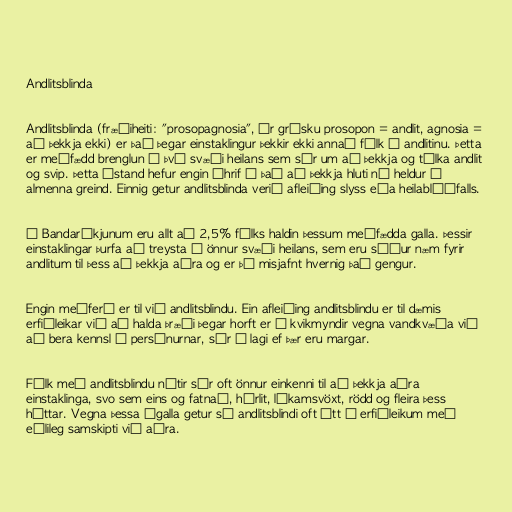
Andlitsblinda

Andlitsblinda (fræðiheiti: "prosopagnosia", úr grísku prosopon = andlit, agnosia =
að þekkja ekki) er það þegar einstaklingur þekkir ekki annað fólk á andlitinu. Þetta
er meðfædd brenglun í því svæði heilans sem sér um að þekkja og túlka andlit
og svip. Þetta ástand hefur engin áhrif á það að þekkja hluti né heldur á
almenna greind. Einnig getur andlitsblinda verið afleiðing slyss eða heilablóðfalls.

Í Bandaríkjunum eru allt að 2,5% fólks haldin þessum meðfædda galla. Þessir
einstaklingar þurfa að treysta á önnur svæði heilans, sem eru síður næm fyrir
andlitum til þess að þekkja aðra og er þá misjafnt hvernig það gengur.

Engin meðferð er til við andlitsblindu. Ein afleiðing andlitsblindu er til dæmis
erfiðleikar við að halda þræði þegar horft er á kvikmyndir vegna vandkvæða við
að bera kennsl á persónurnar, sér í lagi ef þær eru margar.

Fólk með andlitsblindu nýtir sér oft önnur einkenni til að þekkja aðra
einstaklinga, svo sem eins og fatnað, hárlit, líkamsvöxt, rödd og fleira þess
háttar. Vegna þessa ágalla getur sá andlitsblindi oft átt í erfiðleikum með
eðlileg samskipti við aðra.